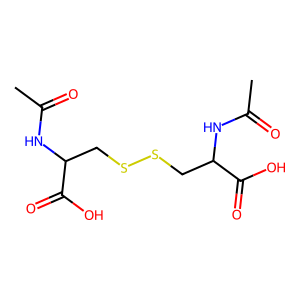
SMILES: CC(=O)NC(CSSCC(NC(C)=O)C(=O)O)C(=O)O
Inhibits HIV replication: No